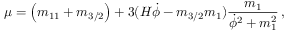
\mu = \left( m _ { 1 1 } + m _ { 3 / 2 } \right) + 3 ( H \dot { \phi } - m _ { 3 / 2 } m _ { 1 } ) \frac { m _ { 1 } } { \dot { \phi } ^ { 2 } + m _ { 1 } ^ { 2 } } \, ,